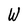
Character: W